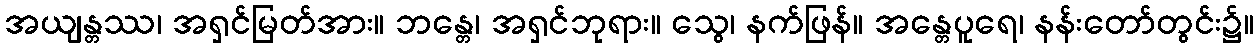
အယျန္တဿ၊ အရှင်မြတ်အား။ ဘန္တေ၊ အရှင်ဘုရား။ သွေ၊ နက်ဖြန်။ အန္တေပူရေ၊ နန်းတော်တွင်း၌။